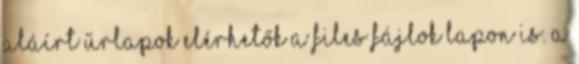
aláírt űrlapok elérhetők a Files Fájlok lapon is. A